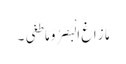
مَا زَاغَ الْبَصَرُ وَ مَا طَغَی ۔